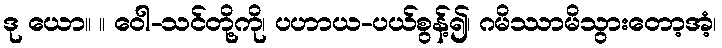
ဒု ယော။ ။ ဝေါ-သင်တို့ကို၊ ပဟာယ-ပယ်စွန့်၍၊ ဂမိဿာမိသွားတော့အံ့၊